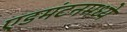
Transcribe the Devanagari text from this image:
एडमंटनमध्ये